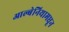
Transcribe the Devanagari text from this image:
आल्बेनियामधून